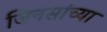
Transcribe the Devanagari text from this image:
जिनसांच्या